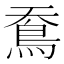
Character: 鴌